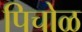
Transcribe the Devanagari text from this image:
पिचोळ